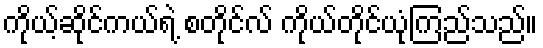
ကိုယ့်ဆိုင်ကယ်ရဲ့ စတိုင်လ် ကိုယ်တိုင်ယုံကြည်သည်။